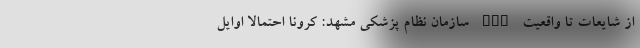
از شایعات تا واقعیت nan سازمان نظام پزشکی مشهد: کرونا احتمالا اوایل